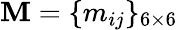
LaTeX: \mathbf{M}=\{ m_{ij}\} _{6\times 6}